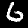
Digit: 6